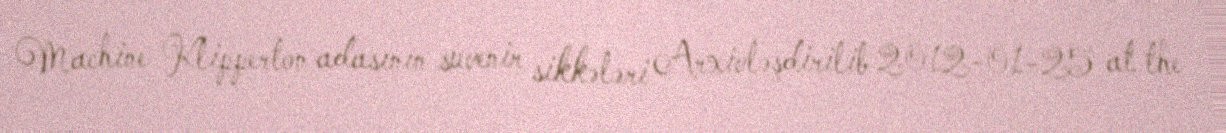
Machine Klipperton adasının suvenir sikkələri Arxivləşdirilib 2012-01-25 at the